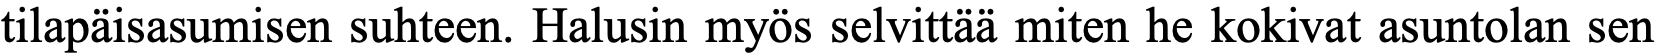
tilapäisasumisen suhteen. Halusin myös selvittää miten he kokivat asuntolan sen